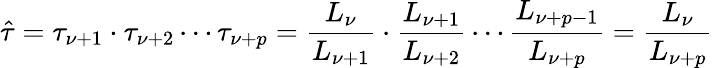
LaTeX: \hat{\tau}=\tau_{\nu+1}\cdot\tau_{\nu+2}\cdots\tau_{\nu+p}=\frac{L_{\nu}}{L_{\nu+1}}\cdot\frac{L_{\nu+1}}{L_{\nu+2}}\cdots\frac{L_{\nu+p-1}}{L_{\nu+p}}=\frac{L_{\nu}}{L_{\nu+p}}